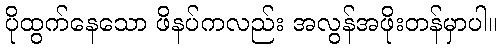
ပိုထွက်နေသော ဖိနပ်ကလည်း အလွန်အဖိုးတန်မှာပါ။